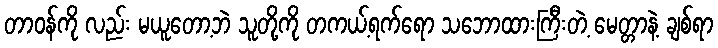
တာဝန်ကို လည်း မယူတော့ဘဲ သူတို့ကို တကယ့်ရက်ရော သဘောထားကြီးတဲ့ မေတ္တာနဲ့ ချစ်ရာ